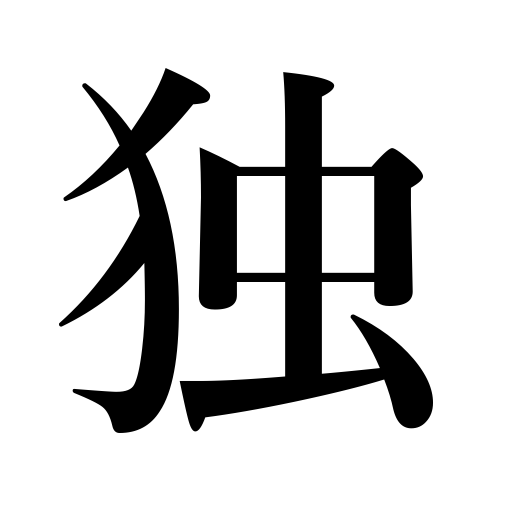
Meanings: on one's own,alone